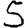
Digit: 5